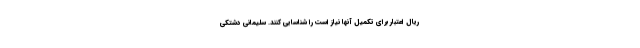
ریال اعتبار برای تکمیل آنها نیاز است را شناسایی کنند. سلیمانی دشتکی